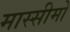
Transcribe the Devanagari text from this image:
मास्सीमो